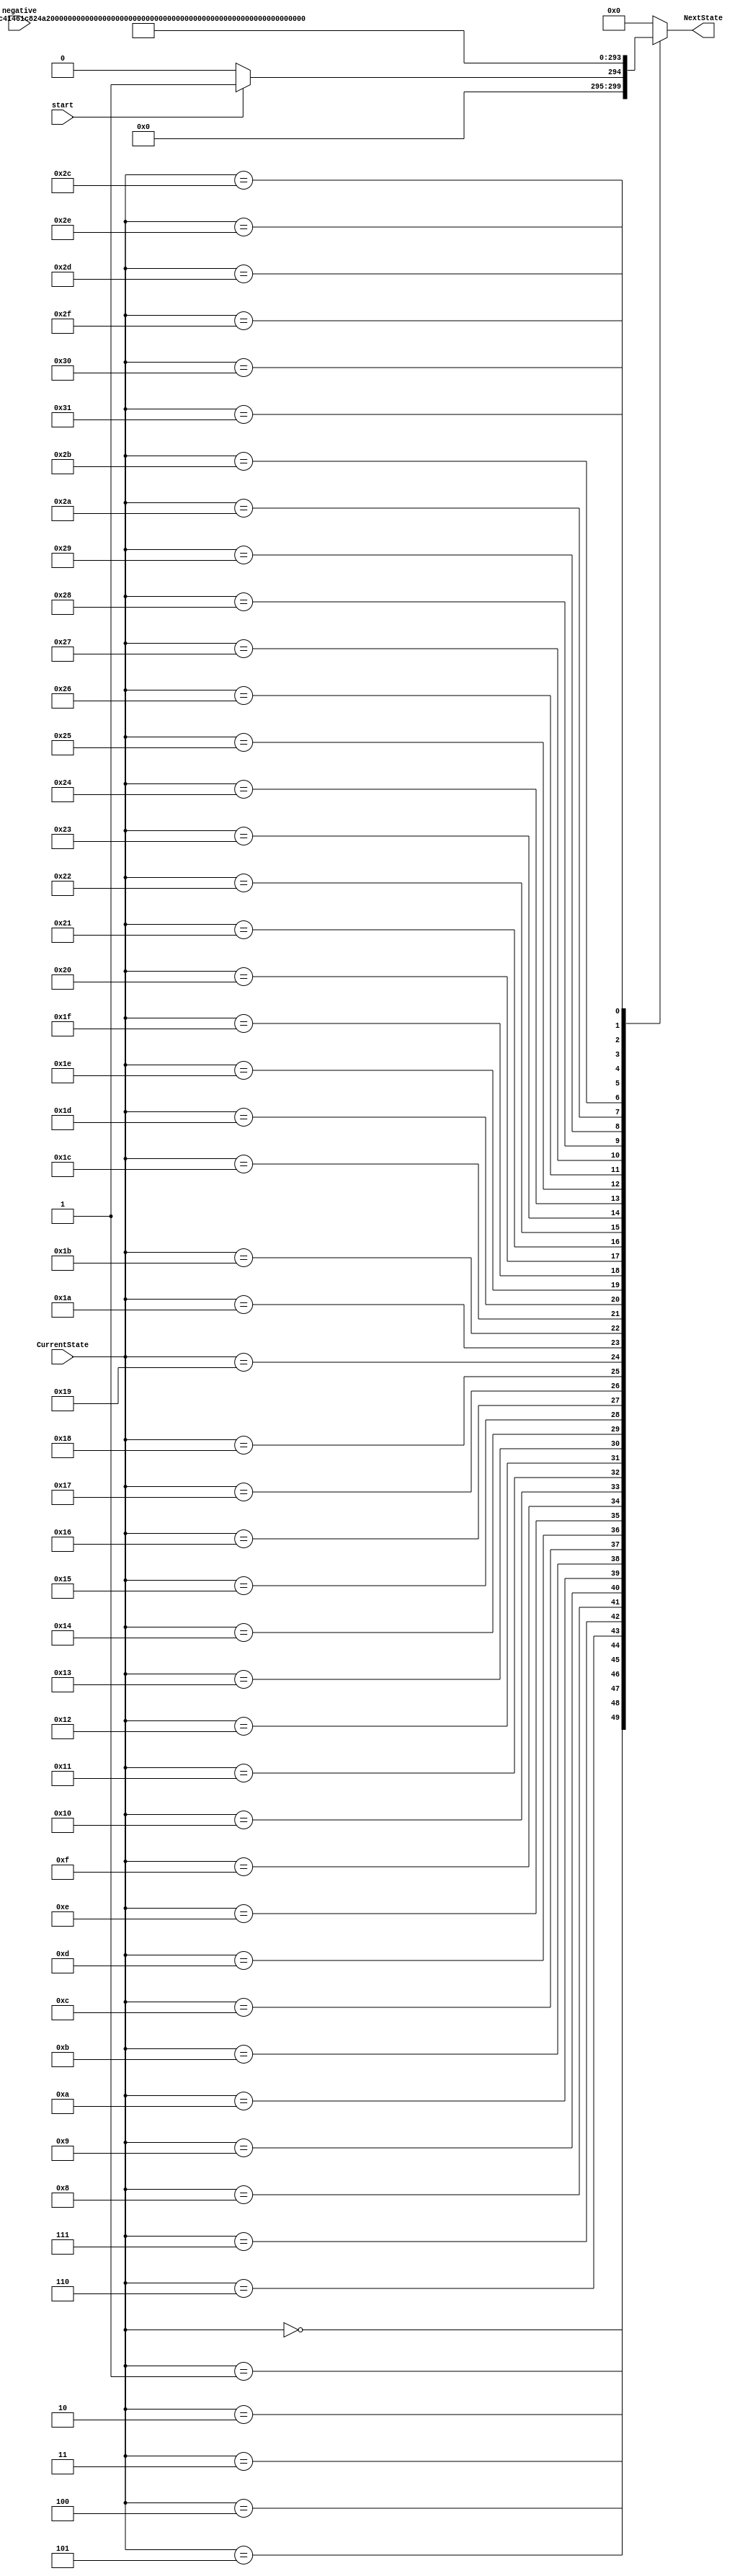
module Controller_NextState(CurrentState, NextState, negative, start);
    parameter   S0  = 6'd0,     S1  = 6'd1,      S2 = 6'd2,
                S3  = 6'd3,     S4  = 6'd4,      S5 = 6'd5,
                S6  = 6'd6,     S7  = 6'd7,      S8 = 6'd8,
                S9  = 6'd9,     S10 = 6'd10,    S11 = 6'd11,
                S12 = 6'd12,    S13 = 6'd13,    S14 = 6'd14,
                S15 = 6'd15,    S16 = 6'd16,    S17 = 6'd17,
                S18 = 6'd18,    S19 = 6'd19,    S20 = 6'd20,
                S21 = 6'd21,    S22 = 6'd22,    S23 = 6'd23,
                S24 = 6'd24,    S25 = 6'd25,    S26 = 6'd26,
                S27 = 6'd27,    S28 = 6'd28,    S29 = 6'd29,
                S30 = 6'd30,    S31 = 6'd31,    S32 = 6'd32,
                S33 = 6'd33,    S34 = 6'd34,    S35 = 6'd35,
                S36 = 6'd36,    S37 = 6'd37,    S38 = 6'd38,
                S39 = 6'd39,    S40 = 6'd40,    S41 = 6'd41,
                S42 = 6'd42,    S43 = 6'd43,    S44 = 6'd44,
                S45 = 6'd45,    S46 = 6'd46,    S47 = 6'd47,
                S48 = 6'd48,    S49 = 6'd49,    S50 = 6'd50;
    
    input   	start, negative;
    input   	[5:0] CurrentState;
    output reg  [5:0] NextState;

    always @ (CurrentState, start) begin
        case (CurrentState)
            S0: if (start) NextState = S1; else NextState = S0;
            S1: NextState = S2;
            S2: NextState = S3;
            S3: NextState = S4;
            S4: NextState = S5;
            S5: NextState = S6;
            S6: NextState = S7;
            S7: NextState = S8;
            S8: NextState = S9;
            S9: NextState = S10;
            S10: NextState = S11;
            S11: NextState = S12;
            S12: NextState = S13;
            S13: NextState = S14;
            S14: NextState = S15;
            S15: NextState = S16;
            S16: NextState = S17;
            S17: NextState = S18;
            S18: NextState = S19;
            S19: NextState = S20;
            S20: NextState = S21;
            S21: NextState = S22;
            S22: NextState = S23;
            S23: NextState = S24;
            S24: NextState = S25;
            S25: NextState = S26;
            S26: NextState = S27;
            S27: NextState = S28;
            S28: NextState = S29;
            S29: NextState = S30;
            S30: NextState = S31;
            S31: NextState = S32;
            S32: NextState = S33;
            S33: NextState = S34;
            S34: NextState = S35;
            S35: NextState = S36;
            S36: NextState = S37;
            S37: NextState = S38;
            S38: NextState = S39;
            S39: NextState = S40;
            S40: NextState = S41;
            S41: NextState = S42;
            S42: NextState = S43;
            S43: NextState = S44;
            S44: NextState = S45;
            S45: NextState = S46;
            S46: NextState = S47;
            S47: NextState = S48;
            S48: NextState = S49;
            S49: NextState = S50;
            S50: NextState = S0;
            default: NextState = S0;
        endcase
    end
endmodule